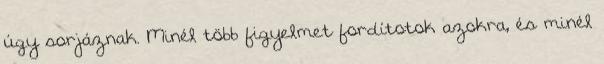
úgy sorjáznak. Minél több figyelmet fordítotok azokra, és minél